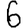
Digit: 6